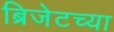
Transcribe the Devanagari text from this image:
ब्रिजेटच्या